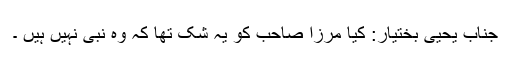
جناب یحییٰ بختیار: کیا مرزا صاحب کو یہ شک تھا کہ وہ نبی نہیں ہیں ۔